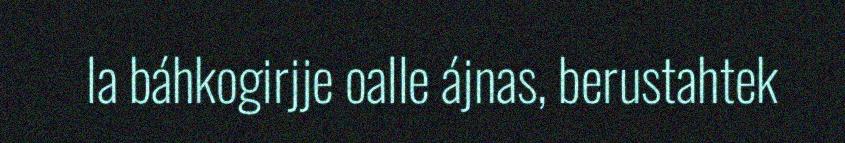
la báhkogirjje oalle ájnas, berustahtek